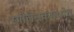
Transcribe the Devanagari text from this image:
स्मोलेन्स्कमध्येच